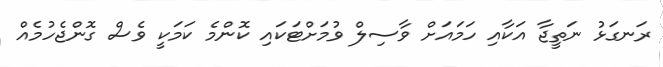
ރަނގަޅު ނަތީޖާ އަކާއި ހަމައަށް ވާސިލް ވުމަށްޓަކައި ކޮންމެ ކަމަކީ ވެސް ގޮންޖެހުމެއް